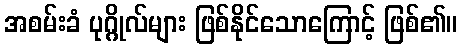
အစမ်းခံ ပုဂ္ဂိုလ်များ ဖြစ်နိုင်သောကြောင့် ဖြစ်၏။